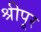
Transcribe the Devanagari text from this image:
श्रीपूर